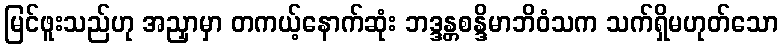
မြင်ဖူးသည်ဟု အညှာမှာ တကယ့်နောက်ဆုံး ဘဒ္ဒန္တစန္ဒိမာဘိဝံသက သက်ရှိမဟုတ်သော